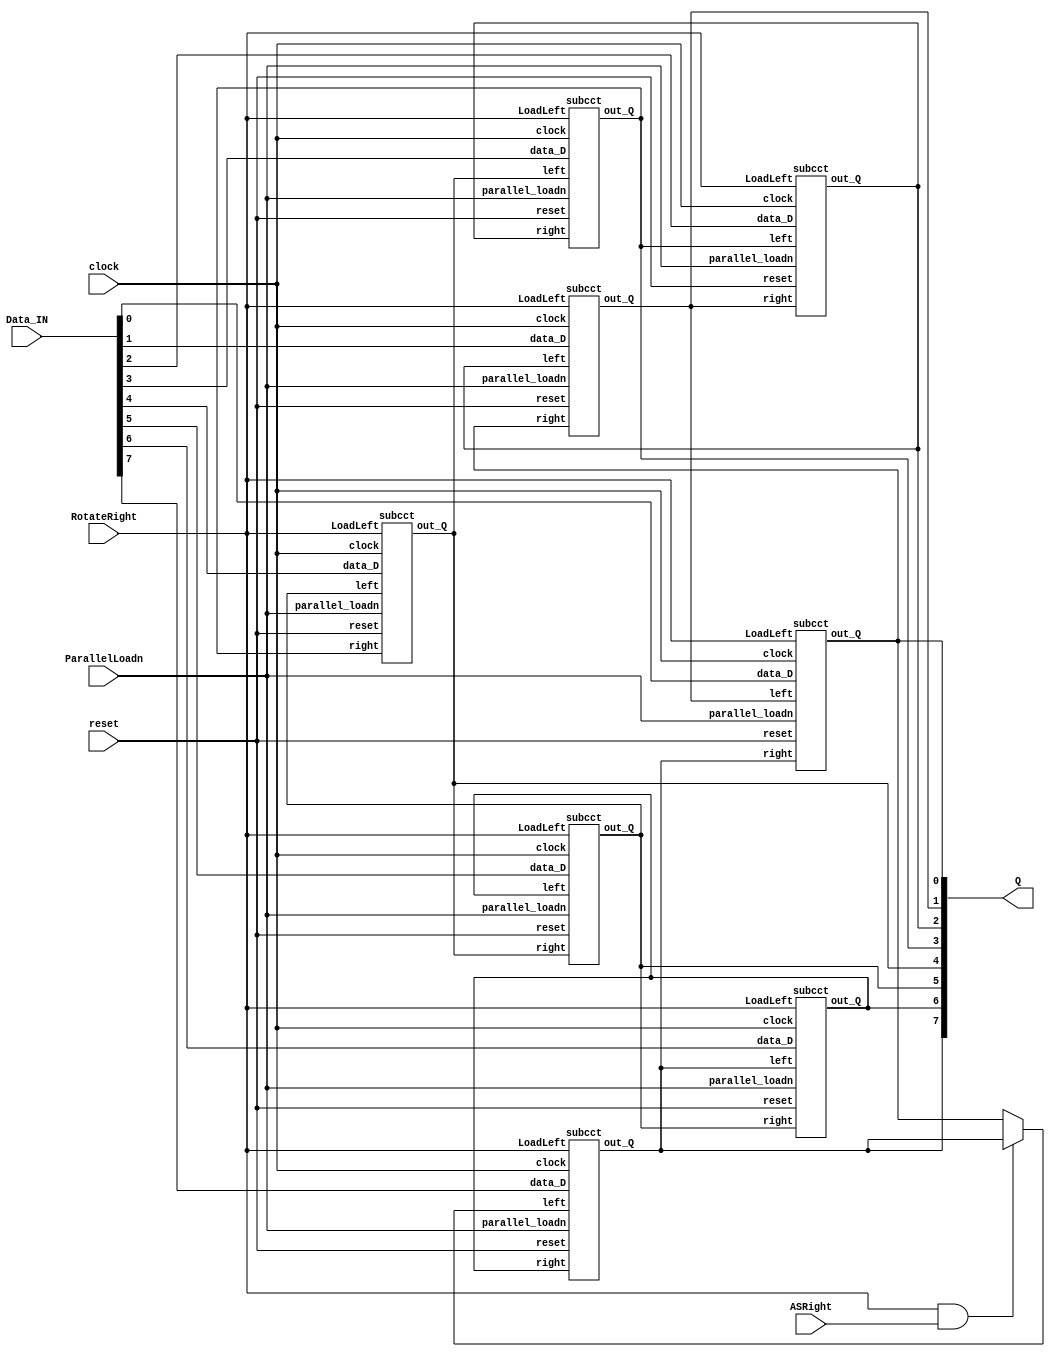
module part3(clock, reset, ParallelLoadn, RotateRight, ASRight, Data_IN, Q);
	input clock, reset, ParallelLoadn, RotateRight, ASRight;
	input [7:0] Data_IN;
	output [7:0] Q;
	wire left_end = ((RotateRight & ASRight) ? Q[7] : Q[0]);
	
	subcct M7(
		.left(left_end),
		.right(Q[6]),
		.LoadLeft(RotateRight),
		.data_D(Data_IN[7]),
		.parallel_loadn(ParallelLoadn),
		.clock(clock),
		.reset(reset),
		.out_Q(Q[7])
		);
	subcct M6(
		.left(Q[7]),
		.right(Q[5]),
		.LoadLeft(RotateRight),
		.data_D(Data_IN[6]),
		.parallel_loadn(ParallelLoadn),
		.clock(clock),
		.reset(reset),
		.out_Q(Q[6])
		);
	subcct M5(
		.left(Q[6]),
		.right(Q[4]),
		.LoadLeft(RotateRight),
		.data_D(Data_IN[5]),
		.parallel_loadn(ParallelLoadn),
		.clock(clock),
		.reset(reset),
		.out_Q(Q[5])
		);
	subcct M4(
		.left(Q[5]),
		.right(Q[3]),
		.LoadLeft(RotateRight),
		.data_D(Data_IN[4]),
		.parallel_loadn(ParallelLoadn),
		.clock(clock),
		.reset(reset),
		.out_Q(Q[4])
		);
	subcct M3(
		.left(Q[4]),
		.right(Q[2]),
		.LoadLeft(RotateRight),
		.data_D(Data_IN[3]),
		.parallel_loadn(ParallelLoadn),
		.clock(clock),
		.reset(reset),
		.out_Q(Q[3])
		);
	subcct M2(
		.left(Q[3]),
		.right(Q[1]),
		.LoadLeft(RotateRight),
		.data_D(Data_IN[2]),
		.parallel_loadn(ParallelLoadn),
		.clock(clock),
		.reset(reset),
		.out_Q(Q[2])
		);
	subcct M1(
		.left(Q[2]),
		.right(Q[0]),
		.LoadLeft(RotateRight),
		.data_D(Data_IN[1]),
		.parallel_loadn(ParallelLoadn),
		.clock(clock),
		.reset(reset),
		.out_Q(Q[1])
		);
	subcct M0(
		.left(Q[1]),
		.right(Q[7]),
		.LoadLeft(RotateRight),
		.data_D(Data_IN[0]),
		.parallel_loadn(ParallelLoadn),
		.clock(clock),
		.reset(reset),
		.out_Q(Q[0])
		);
endmodule

module subcct(left, right, LoadLeft, data_D, parallel_loadn, out_Q, clock, reset);
	input left, right, LoadLeft, data_D, parallel_loadn, clock, reset;
	output out_Q;
	wire datato_dff, rotatedata;
	
	mux2to1 M0( //instantiates first multiplexer
		.y(left), //left bit
		.x(right), //right bit
		.s(LoadLeft), //if 1, rotates right; if 0, rotates left
		.m(rotatedata) //outputs to 2nd mux
		);
	mux2to1 M1( //instantiates 2nd multiplexer
		.y(rotatedata), //output from left most multiplexer
		.x(data_D), //data D coming in
		.s(parallel_loadn), //selects input D or rotate
		.m(datato_dff) //outputs to flip flop
		);
	flipflop F0( //instantiates flip flop
		.d(datato_dff), //input to flip flop
		.q(out_Q), //output from flip flop
		.clock(clock), //clock signal
		.reset(reset) //synchronous active high reset
		);
endmodule

module flipflop(d, q, clock, reset);
	input d, clock, reset;
	output reg q;
	always @(posedge clock) // triggered every time clock rises
		begin
			if (reset == 1'b1) // when reset is 1 (note this is tested on every rising clock edge)
				q <= 1'b0; // q is set to 0. Note that the assignment uses <=
			else // when reset is 0
				q <= d; // value of d passes through to output q
		end
endmodule

module mux2to1(x, y, s, m);
    input x; //select 0
    input y; //select 1
    input s; //select signal
    output m; //output

    assign m = s ? y : x;
endmodule